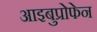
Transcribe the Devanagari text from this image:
आइबुप्रोफेन